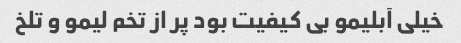
خیلی آبلیمو بی کیفیت بود پر از تخم لیمو و تلخ